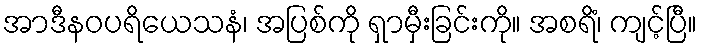
အာဒီနဝပရိယေသနံ၊ အပြစ်ကို ရှာမှီးခြင်းကို။ အစရိံ၊ ကျင့်ပြီ။